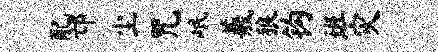
配邙尘咒岷羲狼钩班灾